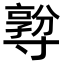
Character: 𡭅